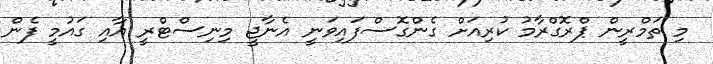
މި ތަމްރީން ޕްރޮގްރާމު ކުރިއަށް ގެންގޮސްފައިވަނީ އެނާޖީ މިނިސްޓްރީ އާއި ގައުމީ ފެން